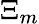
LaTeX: \Xi_{m}